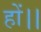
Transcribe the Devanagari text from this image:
हों।।